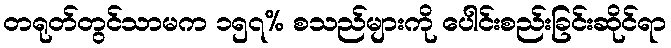
တရုတ်တွင်သာမက ၁၅၇% စသည်များကို ပေါင်းစည်းခြင်းဆိုင်ရာ